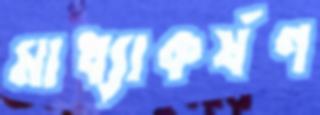
মাধ্যাকর্ষণ